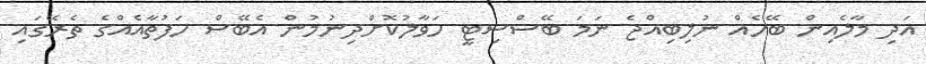
އަދި މާލެއިން ބޭހެއް ނުލިބިއްޖެ ނަމަ ބޭސްސިޓީ ހަވާލުކޮށްދިނުމުން އެބޭސް ހަފުތާއެއްގެ ތެރޭގައި